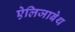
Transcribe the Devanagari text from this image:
ऐलिजाबेथ